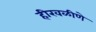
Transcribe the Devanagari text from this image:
हीरवळीणे